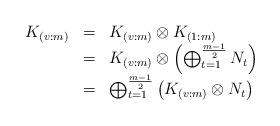
LaTeX: \begin{align*}\begin{array}{ccl}K_{(v:m)}&=&K_{(v:m)}\otimes K_{(1:m)}\\&=&K_{(v:m)}\otimes \left(\bigoplus_{t=1}^{\frac{m-1}{2}}N_t\right)\\&=&\bigoplus_{t=1}^{\frac{m-1}{2}}\left(K_{(v:m)}\otimes N_t\right)\\\end{array}\end{align*}